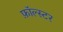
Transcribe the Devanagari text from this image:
फ़ॉल्स्टर